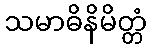
သမာဓိနိမိတ္တံ